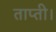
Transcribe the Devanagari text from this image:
ताप्ती।